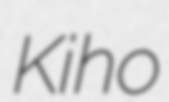
Kiho